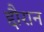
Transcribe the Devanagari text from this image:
द्दौरान